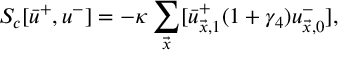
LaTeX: S _ { c } [ \bar { u } ^ { + } , u ^ { - } ] = - \kappa \sum _ { \vec { x } } [ \bar { u } _ { \vec { x } , 1 } ^ { + } ( 1 + \gamma _ { 4 } ) u _ { \vec { x } , 0 } ^ { - } ] ,